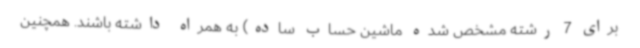
برای 7 رشته مشخص شده ماشین حساب ساده) به همراه داشته باشند. همچنین